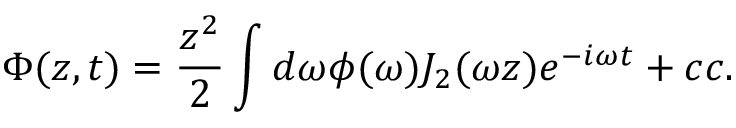
\Phi ( z , t ) = { \frac { z ^ { 2 } } { 2 } } \int { d \omega \phi ( \omega ) J _ { 2 } ( \omega z ) e ^ { - i \omega t } } + c c .